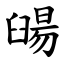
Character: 䑗